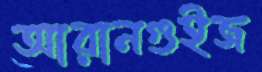
আরানগুইজ